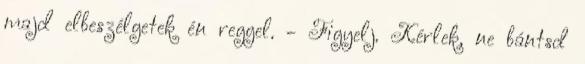
majd elbeszélgetek én reggel. - Figyelj. Kérlek, ne bántsd